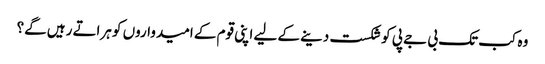
وہ کب تک بی جے پی کوشکست دینے کے لیے اپنی قوم کے امیدواروں کو ہراتے رہیں گے؟